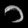
Digit: ၁